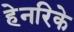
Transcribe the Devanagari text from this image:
हेनरिके